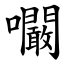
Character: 㘚